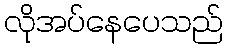
လိုအပ်နေပေသည်